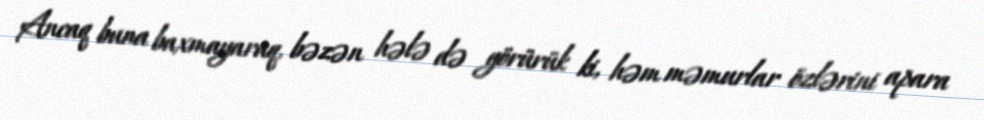
Ancaq buna baxmayaraq, bəzən hələ də görürük ki, həm məmurlar özlərini apara